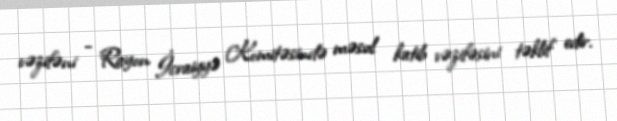
vəzifəni - Rayon İcraiyyə Komitəsində məsul katib vəzifəsini təklif edir.